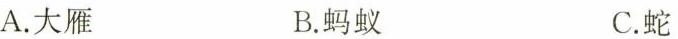
A.大雁 B.蚂蚁 C.蛇